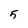
Character: 5